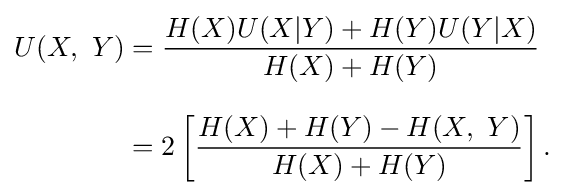
{\begin{aligned}U(X,~Y)&={\frac {H(X)U(X|Y)+H(Y)U(Y|X)}{H(X)+H(Y)}}\\[8pt]&=2\left[{\frac {H(X)+H(Y)-H(X,~Y)}{H(X)+H(Y)}}\right].\end{aligned}}